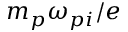
m _ { p } \omega _ { p i } / e